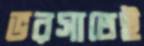
ভরসাতেই